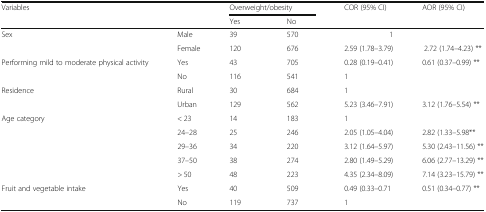
<table><thead><tr><td rowspan="2" colspan="2"><b>Variables</b></td><td colspan="2"><b>Overweight/obesity</b></td><td rowspan="2"><b>COR (95% CI)</b></td><td rowspan="2"><b>AOR (95% CI)</b></td></tr><tr><td><b>Yes</b></td><td><b>No</b></td></tr></thead><tbody><tr><td rowspan="2">Sex</td><td>Male</td><td>39</td><td>570</td><td>1</td><td></td></tr><tr><td>Female</td><td>120</td><td>676</td><td>2.59 (1.78–3.79)</td><td>2.72 (1.74–4.23) **</td></tr><tr><td rowspan="2">Performing mild to moderate physical activity</td><td>Yes</td><td>43</td><td>705</td><td>0.28 (0.19–0.41)</td><td>0.61 (0.37–0.99) **</td></tr><tr><td>No</td><td>116</td><td>541</td><td>1</td><td></td></tr><tr><td rowspan="2">Residence</td><td>Rural</td><td>30</td><td>684</td><td>1</td><td></td></tr><tr><td>Urban</td><td>129</td><td>562</td><td>5.23 (3.46–7.91)</td><td>3.12 (1.76–5.54) **</td></tr><tr><td rowspan="5">Age category</td><td>&lt; 23</td><td>14</td><td>183</td><td>1</td><td></td></tr><tr><td>24–28</td><td>25</td><td>246</td><td>2.05 (1.05–4.04)</td><td>2.82 (1.33–5.98**</td></tr><tr><td>29–36</td><td>34</td><td>220</td><td>3.12 (1.64–5.97)</td><td>5.30 (2.43–11.56) **</td></tr><tr><td>37–50</td><td>38</td><td>274</td><td>2.80 (1.49–5.29)</td><td>6.06 (2.77–13.29) **</td></tr><tr><td>&gt; 50</td><td>48</td><td>223</td><td>4.35 (2.34–8.09)</td><td>7.14 (3.23–15.79) **</td></tr><tr><td rowspan="2">Fruit and vegetable intake</td><td>Yes</td><td>40</td><td>509</td><td>0.49 (0.33–0.71</td><td>0.51 (0.34–0.77) **</td></tr><tr><td>No</td><td>119</td><td>737</td><td>1</td><td></td></tr></tbody></table>